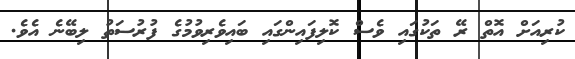
ކުރިއަށް އޮތް ރޭ ތަކުގައި ވެސް ކޮލިފައިންގައި ބައިވެރިވުމުގެ ފުރުސަތު ލިބޭނެ އެވެ.